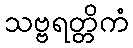
သဗ္ဗရတ္တိကံ